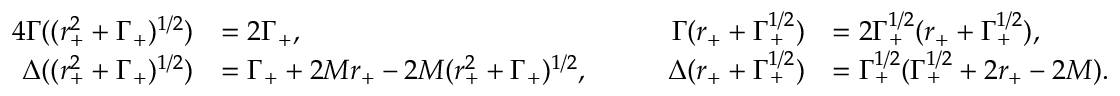
\begin{array} { r l r l } { { 4 } \Gamma ( ( r _ { + } ^ { 2 } + \Gamma _ { + } ) ^ { 1 / 2 } ) } & { = 2 \Gamma _ { + } , \qquad } & { \Gamma ( r _ { + } + \Gamma _ { + } ^ { 1 / 2 } ) } & { = 2 \Gamma _ { + } ^ { 1 / 2 } ( r _ { + } + \Gamma _ { + } ^ { 1 / 2 } ) , } \\ { \Delta ( ( r _ { + } ^ { 2 } + \Gamma _ { + } ) ^ { 1 / 2 } ) } & { = \Gamma _ { + } + 2 M r _ { + } - 2 M ( r _ { + } ^ { 2 } + \Gamma _ { + } ) ^ { 1 / 2 } , \qquad } & { \Delta ( r _ { + } + \Gamma _ { + } ^ { 1 / 2 } ) } & { = \Gamma _ { + } ^ { 1 / 2 } ( \Gamma _ { + } ^ { 1 / 2 } + 2 r _ { + } - 2 M ) . } \end{array}